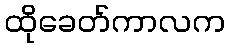
ထိုခေတ်ကာလက